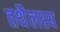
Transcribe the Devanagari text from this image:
तथैलस्य